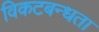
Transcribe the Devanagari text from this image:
विकटबन्धता